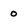
Character: 0